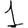
Digit: 1